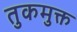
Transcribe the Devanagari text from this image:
तुकमुक्त